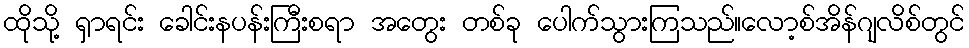
ထိုသို့ ရှာရင်း ခေါင်းနပန်းကြီးစရာ အတွေး တစ်ခု ပေါက်သွားကြသည်။လော့စ်အိန်ဂျလိစ်တွင်